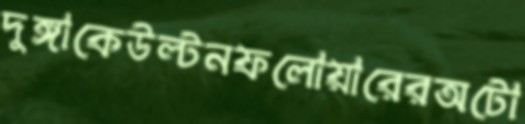
দুঙ্গাকেউল্‌টনফলোয়ারেরঅটো